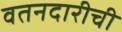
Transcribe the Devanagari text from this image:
वतनदारीची